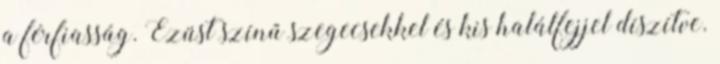
a férfiasság. Ezüst színű szegecsekkel és kis halálfejjel díszítve.